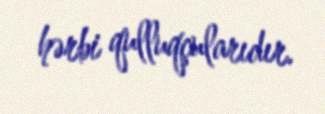
hərbi qulluqçularıdır.